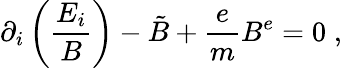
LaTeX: \partial_{i}\left(\frac{E_{i}}{B}\right)-\tilde{B}+\frac{e}{m}B^{e}=0\; ,